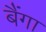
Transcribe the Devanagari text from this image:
बैंगा